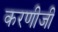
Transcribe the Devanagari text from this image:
करणीजी